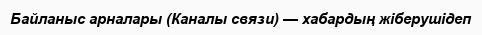
Байланыс арналары (Каналы связи) — хабардың жіберушідеп